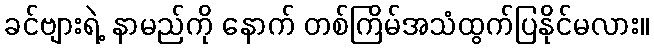
ခင်ဗျားရဲ့ နာမည်ကို နောက် တစ်ကြိမ်အသံထွက်ပြနိုင်မလား။